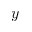
y